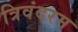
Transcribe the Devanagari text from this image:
त्रिवंदरम